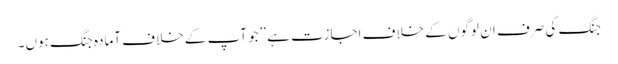
جنگ کی صرف ان لوگوں کے خلاف اجازت ہے ”جو آپ کے خلاف آمادہ جنگ ہوں۔